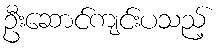
ဦးဆောင်ကျင်းပသည့်